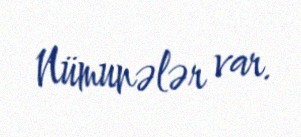
Nümunələr var.